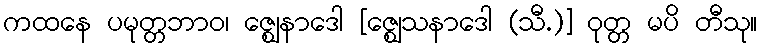
ကထနေ ပမုတ္တဘာဝ၊ ဇ္ဈေနာဒေါ [ဇ္ဈေသနာဒေါ (သီ.)] ဝုတ္တ မပိ တီသု။